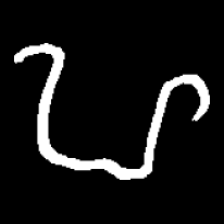
Pyu character \u2014 Myanmar letter: ဟ (romanized: ha)